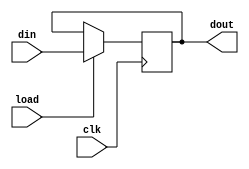
module dr(clk,load,din,dout);
  input clk,load;
  input [7:0] din;
  output [7:0] dout;
  
  reg [7:0] d;
  
  assign dout = d;
  
  always @(posedge clk)
  begin
    if(load)
      d = din;
  end
  
endmodule